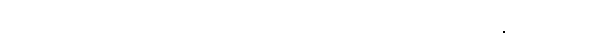
ပတိဒေသိတာ၊ ကြားသော။ ဥပါသိကာ၊ ဒါယိကာမသည်။ အမှိ၊ ဖြစ်၏။ တတော၊